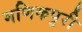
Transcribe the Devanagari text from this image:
मणिकपुरी